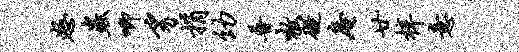
怒虫唧豸捐幼普嗷碍庵廿梓意